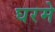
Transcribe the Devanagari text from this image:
घरमे